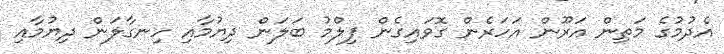
އެދުމުގެ މަތިން އަރޫން އަހަރެން ގޮވައިގެން ފިލްމު ބަލަން ދިޔުމާއި ހިނގާލަން ދިޔުމާއި